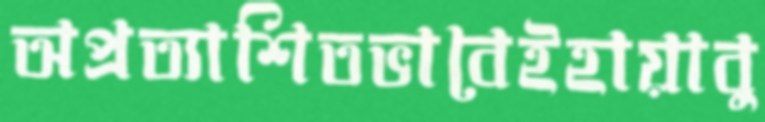
অপ্রত্যাশিতভাবেইহায়াবু